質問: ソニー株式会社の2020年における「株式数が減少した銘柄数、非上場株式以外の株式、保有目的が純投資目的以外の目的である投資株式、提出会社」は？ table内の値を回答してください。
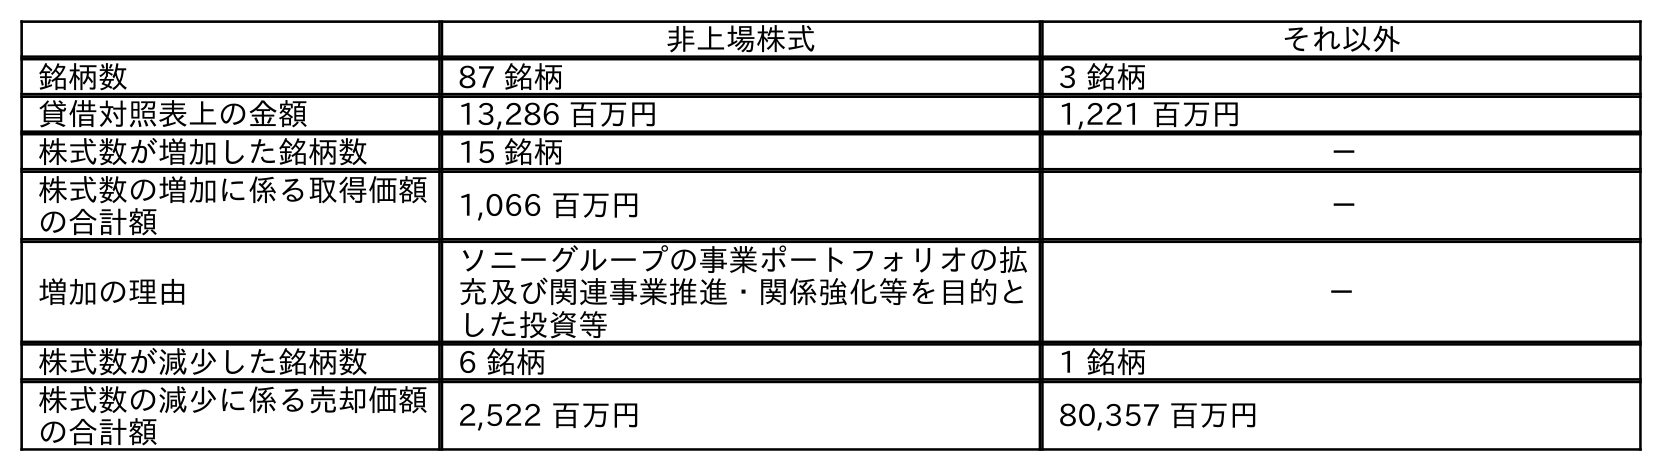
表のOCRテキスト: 非上場株式 それ以外 銘柄数 87 銘柄 3 銘柄 貸借対照表上の金額 13,286 百万円 1,221 百万円 株式数が増加した銘柄数 15 銘柄 － 株式数の増加に係る取得価額 の合計額 1,066 百万円 － 増加の理由 ソニーグループの事業ポートフォリオの拡 充及び関連事業推進・関係強化等を目的と した投資等 － 株式数が減少した銘柄数 6 銘柄 1 銘柄 株式数の減少に係る売却価額 の合計額 2,522 百万円 80,357 百万円
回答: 1銘柄